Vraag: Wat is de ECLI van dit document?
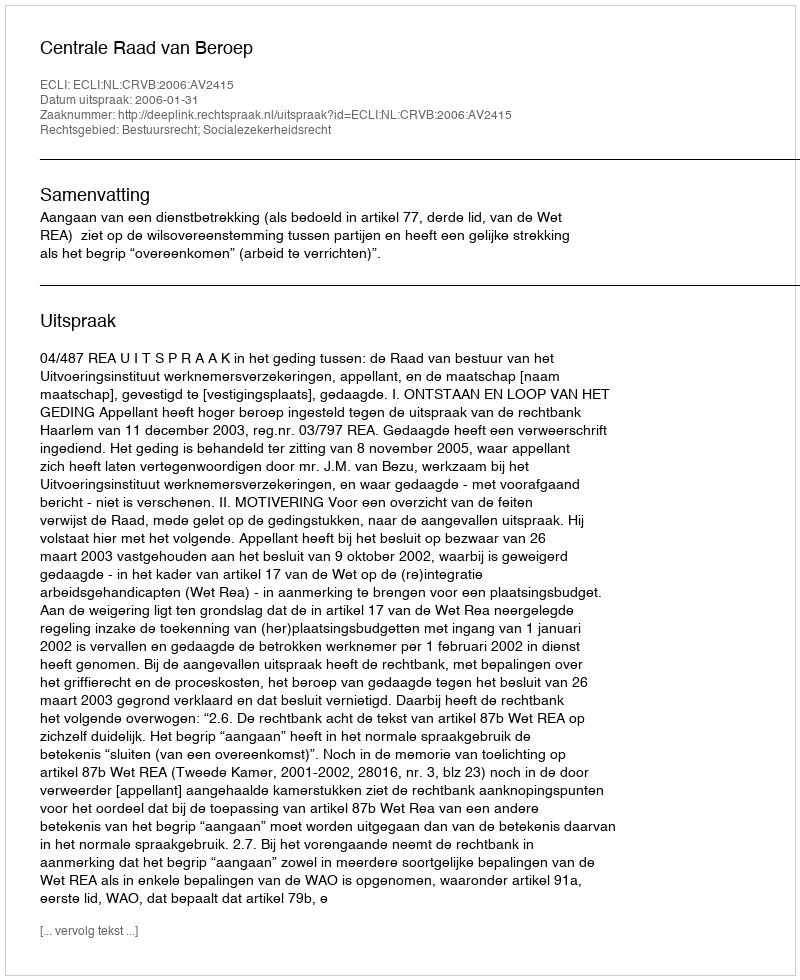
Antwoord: ECLI:NL:CRVB:2006:AV2415